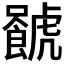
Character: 𧈐